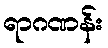
ရာဂဏန်း